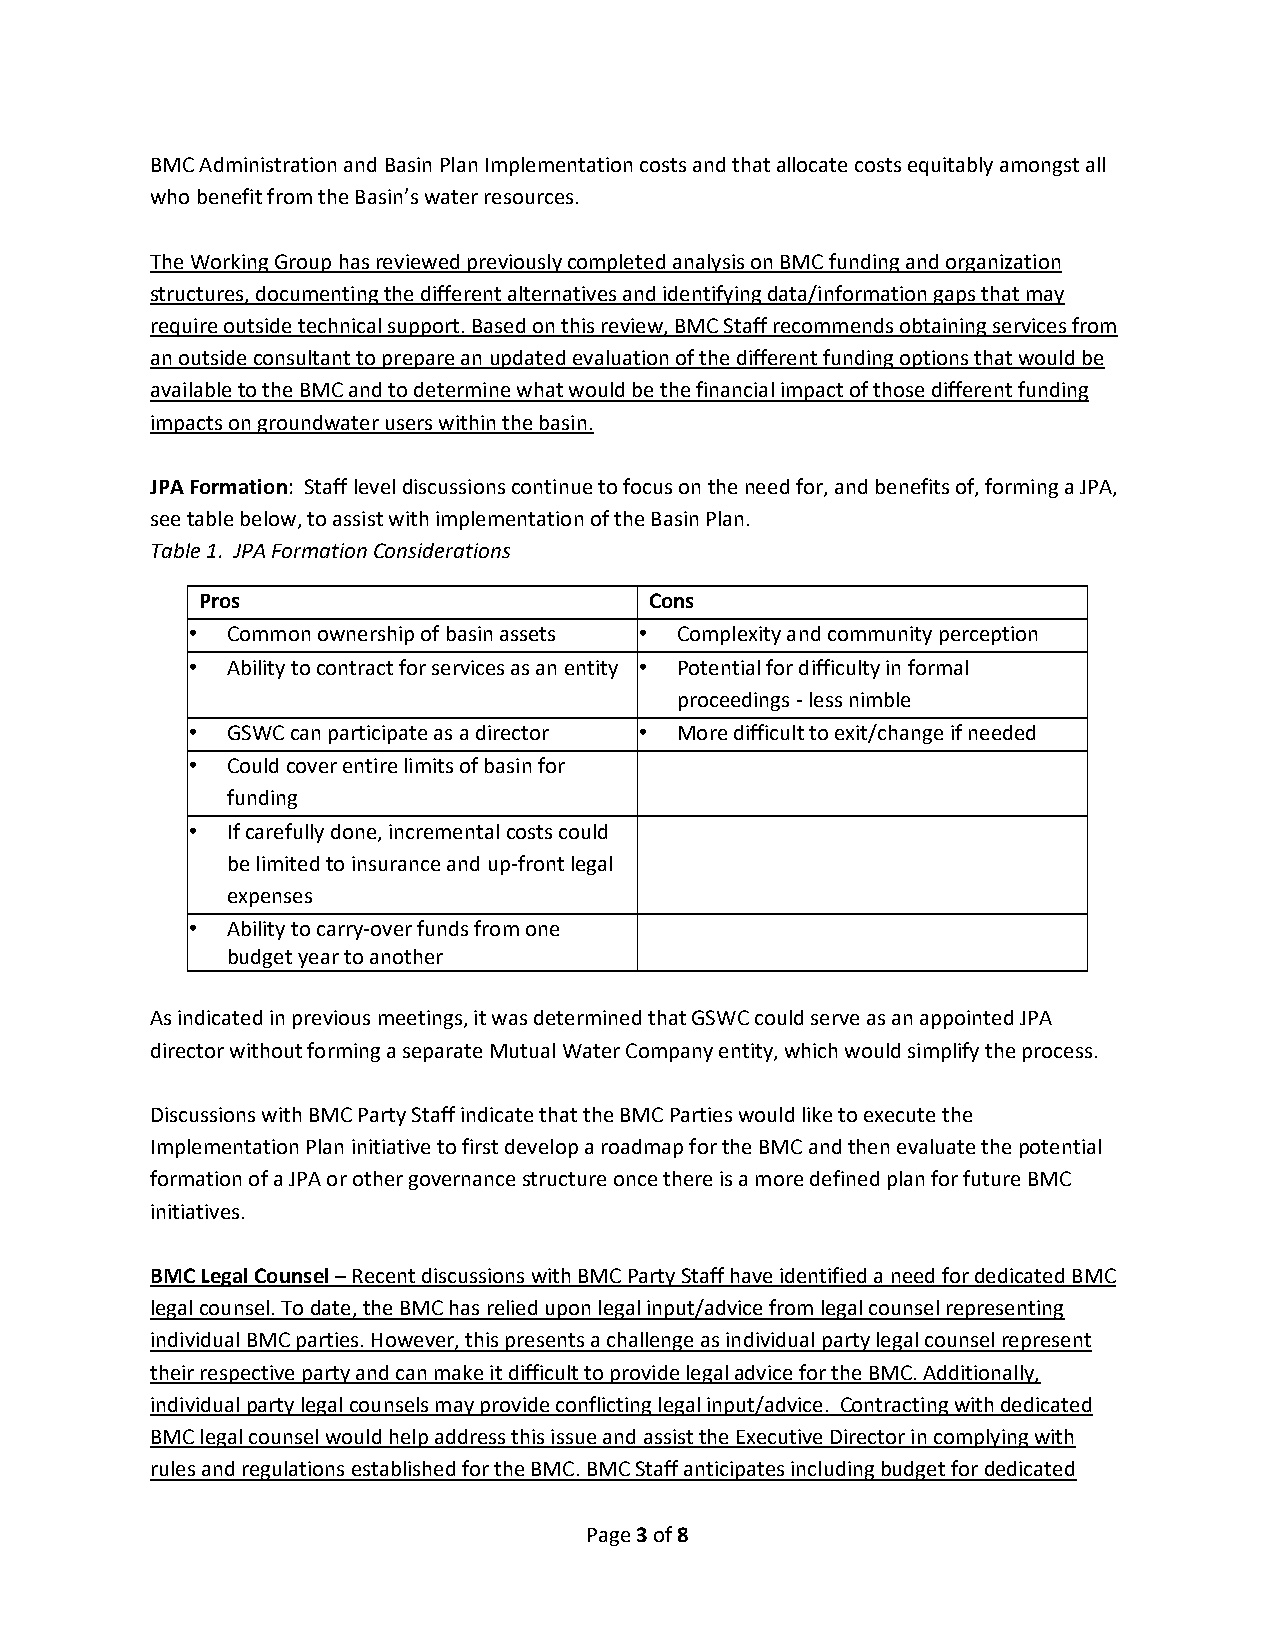
BMC Administration and Basin Plan Implementation costs and that allocate costs equitably amongst all
 who benefit from the Basin’s water resources.
 The Working Group has reviewed previously completed analysis on BMC funding and organization
 structures, documenting the different alternatives and identifying data/information gaps that may
 require outside technical support. Based on this review, BMC Staff recommends obtaining services from
 an outside consultant to prepare an updated evaluation of the different funding options that would be
 available to the BMC and to determine what would be the financial impact of those different funding
 impacts on groundwater users within the basin.
 JPA Formation: Staff level discussions continue to focus on the need for, and benefits of, forming a JPA,
 see table below, to assist with implementation of the Basin Plan.
 Table 1. JPA Formation Considerations
 Pros                          Cons
 • Common ownership of basin assets • Complexity and community perception
 • Ability to contract for services as an entity • Potential for difficulty in formal
 proceedings ‐ less nimble
 • GSWC can participate as a director • More difficult to exit/change if needed
 • Could cover entire limits of basin for
 funding
 • If carefully done, incremental costs could
 be limited to insurance and up‐front legal
 expenses
 • Ability to carry‐over funds from one
 budget year to another
 As indicated in previous meetings, it was determined that GSWC could serve as an appointed JPA
 director without forming a separate Mutual Water Company entity, which would simplify the process.
 Discussions with BMC Party Staff indicate that the BMC Parties would like to execute the
 Implementation Plan initiative to first develop a roadmap for the BMC and then evaluate the potential
 formation of a JPA or other governance structure once there is a more defined plan for future BMC
 initiatives.
 BMC Legal Counsel – Recent discussions with BMC Party Staff have identified a need for dedicated BMC
 legal counsel. To date, the BMC has relied upon legal input/advice from legal counsel representing
 individual BMC parties. However, this presents a challenge as individual party legal counsel represent
 their respective party and can make it difficult to provide legal advice for the BMC. Additionally,
 individual party legal counsels may provide conflicting legal input/advice. Contracting with dedicated
 BMC legal counsel would help address this issue and assist the Executive Director in complying with
 rules and regulations established for the BMC. BMC Staff anticipates including budget for dedicated
 Page 3 of 8